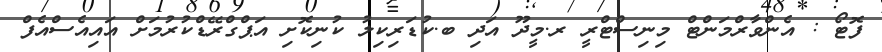
ފޮޓޯ : އެންވާރްމަންޓް މިނިސްޓްރީ ރ.މީދޫ އަދި ބ.ކުޑަރިކިލު ކުނިކޮށި އަޕްގްރޭޑްކުރުމަށް އައިއެސްއެފް